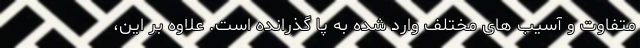
متفاوت و آسیب های مختلف وارد شده به پا گذرانده است. علاوه بر این،